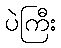
ပဲကြီး